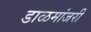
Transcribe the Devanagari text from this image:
डाळमांजरी